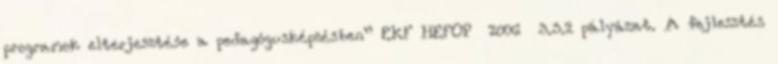
programok elterjesztése a pedagógusképzésben” EKF HEFOP 2006 3.3.2 pályázat. A fejlesztés